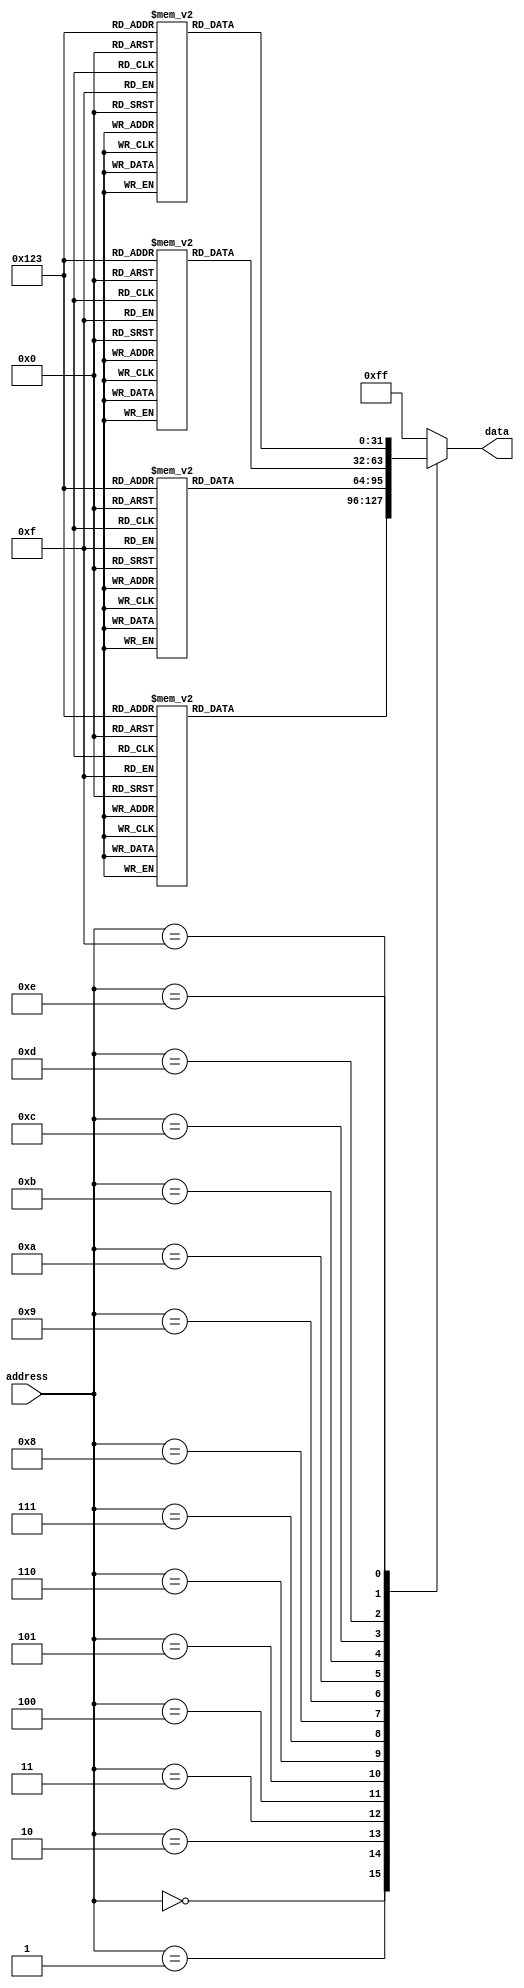
module PROM (
    input [7:0] address,
    output reg [7:0] data
);

reg [7:0] memory_block_0 [0:15]; // Define memory blocks
reg [7:0] memory_block_1 [0:15];
reg [7:0] memory_block_2 [0:15];
reg [7:0] memory_block_3 [0:15];

always @ (*) begin
    case(address)
        4'b0000: data = memory_block_0[0];
        4'b0001: data = memory_block_0[1];
        4'b0010: data = memory_block_0[2];
        4'b0011: data = memory_block_0[3];
        4'b0100: data = memory_block_1[0];
        4'b0101: data = memory_block_1[1];
        4'b0110: data = memory_block_1[2];
        4'b0111: data = memory_block_1[3];
        4'b1000: data = memory_block_2[0];
        4'b1001: data = memory_block_2[1];
        4'b1010: data = memory_block_2[2];
        4'b1011: data = memory_block_2[3];
        4'b1100: data = memory_block_3[0];
        4'b1101: data = memory_block_3[1];
        4'b1110: data = memory_block_3[2];
        4'b1111: data = memory_block_3[3];
        default: data = 8'b11111111; // Default value if no address matches
    endcase
end

endmodule